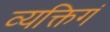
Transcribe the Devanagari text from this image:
व्यक्तिगं